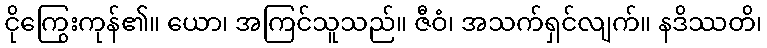
ငိုကြွေးကုန်၏။ ယော၊ အကြင်သူသည်။ ဇီဝံ၊ အသက်ရှင်လျက်။ နဒိဿတိ၊